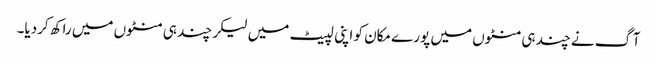
آگ نے چند ہی منٹوں میں پورے مکان کو اپنی لپیٹ میں لیکر چند ہی منٹوں میں راکھ کردیا۔